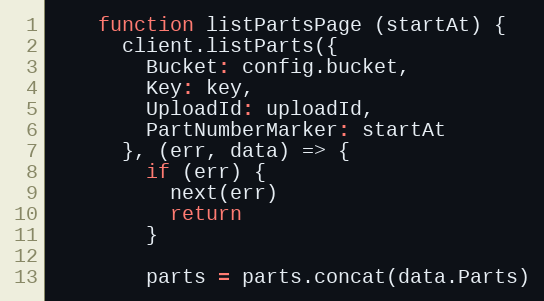
Language: JavaScript
    function listPartsPage (startAt) {
      client.listParts({
        Bucket: config.bucket,
        Key: key,
        UploadId: uploadId,
        PartNumberMarker: startAt
      }, (err, data) => {
        if (err) {
          next(err)
          return
        }

        parts = parts.concat(data.Parts)